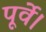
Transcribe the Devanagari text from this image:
पूर्वे।